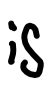
Text: is
Cross-out: clean
Writing tool: digital_black